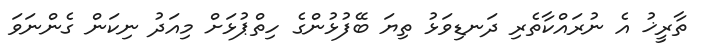
ތާރީޚު އެ ނުރައްކާތެރި ދަނޑިވަޅު ތިޔަ ބޭފުޅުންގެ ހިތްޕުޅަށް މިއަދު ނިކަން ގެންނަވަ